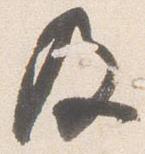
及